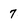
Character: 7